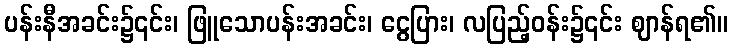
ပန်းနီအခင်း၌၎င်း၊ ဖြူသောပန်းအခင်း၊ ငွေပြား၊ လပြည့်ဝန်း၌၎င်း ဈာန်ရ၏။